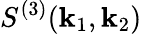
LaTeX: S^{(3)}(\textbf{k}_{1},\textbf{k}_{2})